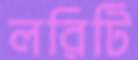
লরিটি